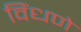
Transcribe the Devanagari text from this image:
विंधणे